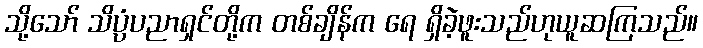
သို့သော် သိပ္ပံပညာရှင်တို့က တစ်ချိန်က ရေ ရှိခဲ့ဖူးသည်ဟုယူဆကြသည်။